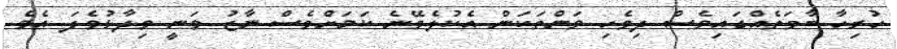
ހުރިހާ ބާވަތެއްގައިވެސް ދިވެހި ވަންތަކަން އެކުލެވޭނެ ކަމަށްވެސް ނާޒު ވަނީ ވިދާޅުވެފަ އެވެ.